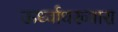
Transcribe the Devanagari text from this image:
ऊर्ध्वाधरव्यास